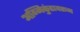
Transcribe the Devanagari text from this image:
अग्निकुंडावरून